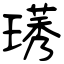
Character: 璓